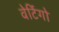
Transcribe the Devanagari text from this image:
वेर्टिगो